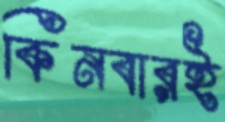
কিনবারই